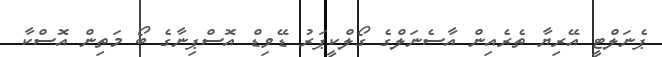
ޕެނަލްޓީ އޭރިޔާ ތެރެއިން އާސެނަލްގެ ގޯލްކީޕަރު ޑޭވިޑް އޮސްޕިނާގެ ބޯ މަތިން އޮސްކާ